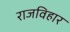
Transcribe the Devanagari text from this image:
राजविहार